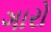
ગારો